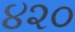
૪૨૦